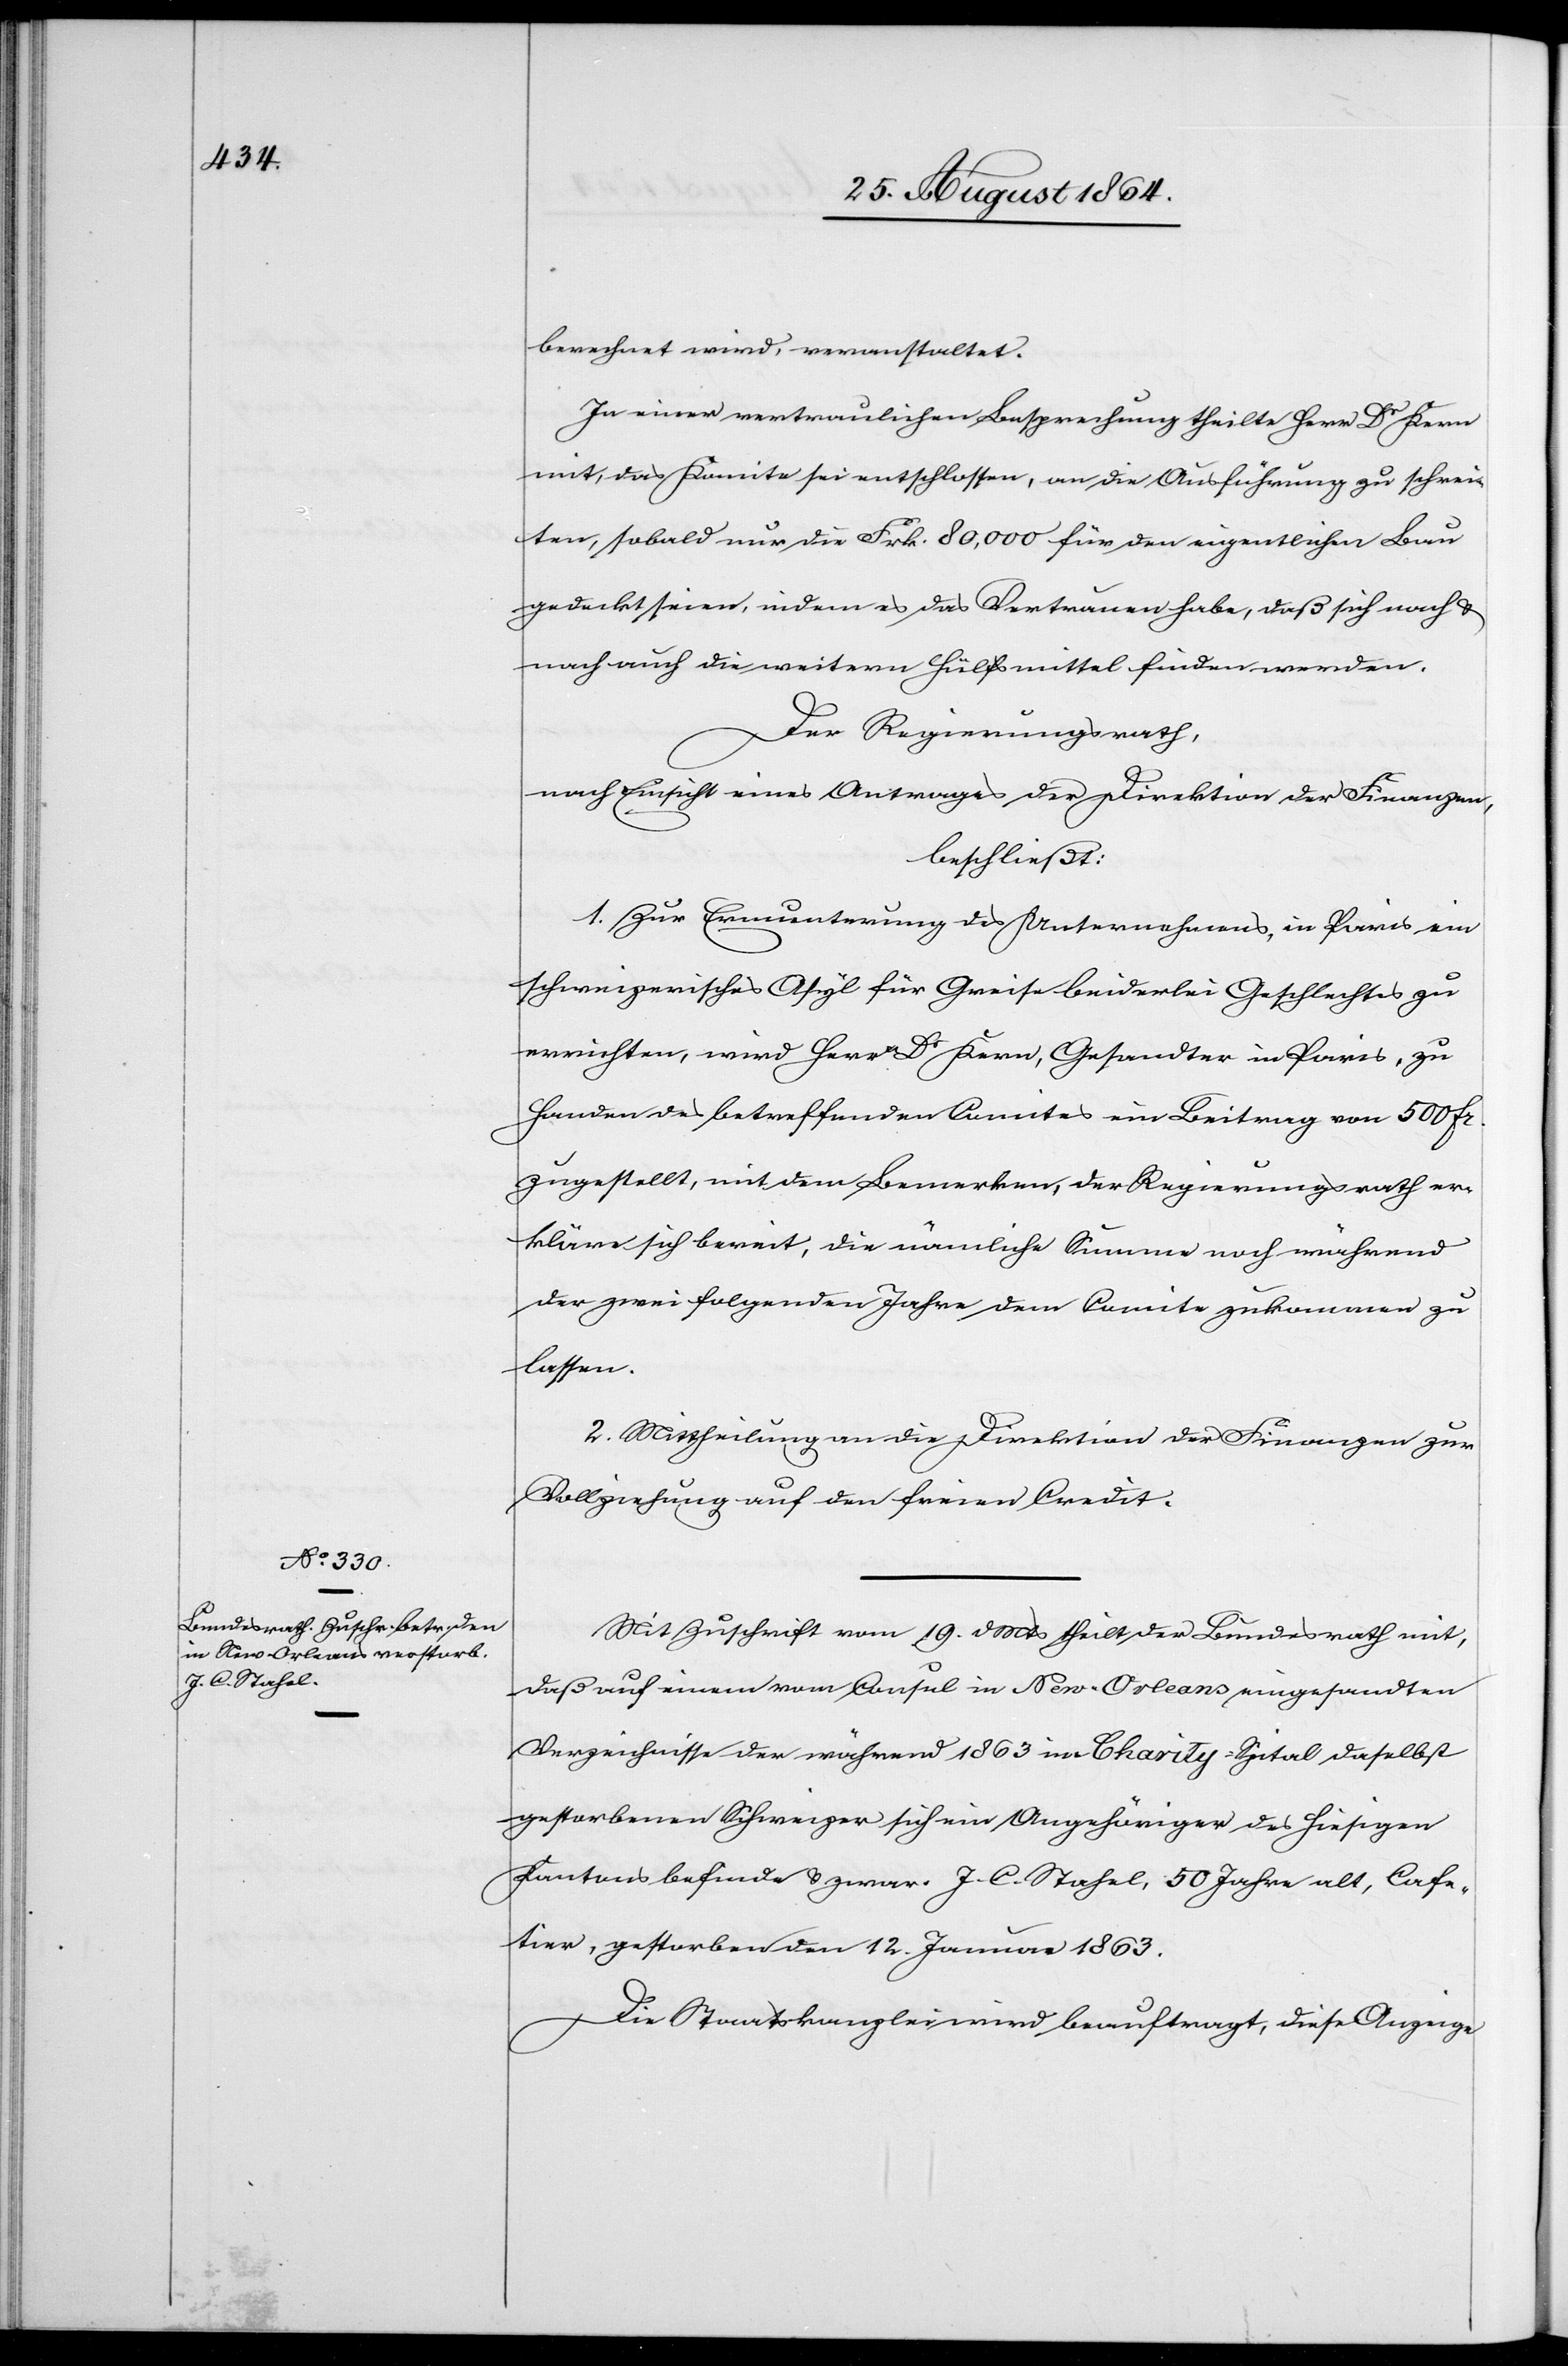
berechnet wird, veranstaltet.
In einer vertraulichen Besprechung theilte Herr Dr Kern
mit, das Komite sei entschlossen, an die Ausführung zu schrei¬
ten, sobald nur die Frk. 80,000 für den eigentlichen Bau
gedeckt seien, indem es das Vertrauen habe, daß sich nach &
Der Regierungsrath,
nach Einsicht eines Antrages der Direktion der Finanzen,
beschließt:
1. Zur Ermunterung des Unternehmens, in Paris ein
schweizerisches Asyl für Greise beiderlei Geschlechts zu
errichten, wird Herrn Dr Kern, Gesandter in Paris, zu
Handen des betreffenden Comites ein Beitrag von 500 Fr.
zugestellt, mit dem Bemerken, der Regierungsrath er¬
kläre sich bereit, die nämliche Summe noch während
der zwei folgenden Jahre dem Comite zukommen zu
lassen.
2. Mittheilung an die Direktion der Finanzen zur
Vollziehung auf den freien Credit.
Mit Zuschrift vom 19. d. Mts theilt der Bundesrath mit,
daß auf einem vom Consul in New-Orleans eingesandten
Verzeichnisse der während 1863 im Charity-Spital daselbst
gestorbenen Schweizer sich ein Angehöriger des hiesigen
Kantons befinde & zwar: J. C. Stahel, 50 Jahre alt, Cafe¬
tier, gestorben den 12. Januar 1863.
Die Staatskanzlei wird beauftragt, diese Anzeige